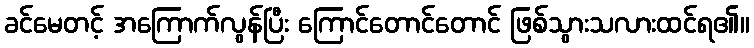
ခင်မေတင့် အကြောက်လွန်ပြီး ကြောင်တောင်တောင် ဖြစ်သွားသလားထင်ရ၏။